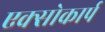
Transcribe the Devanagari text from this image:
एक्सोकार्प